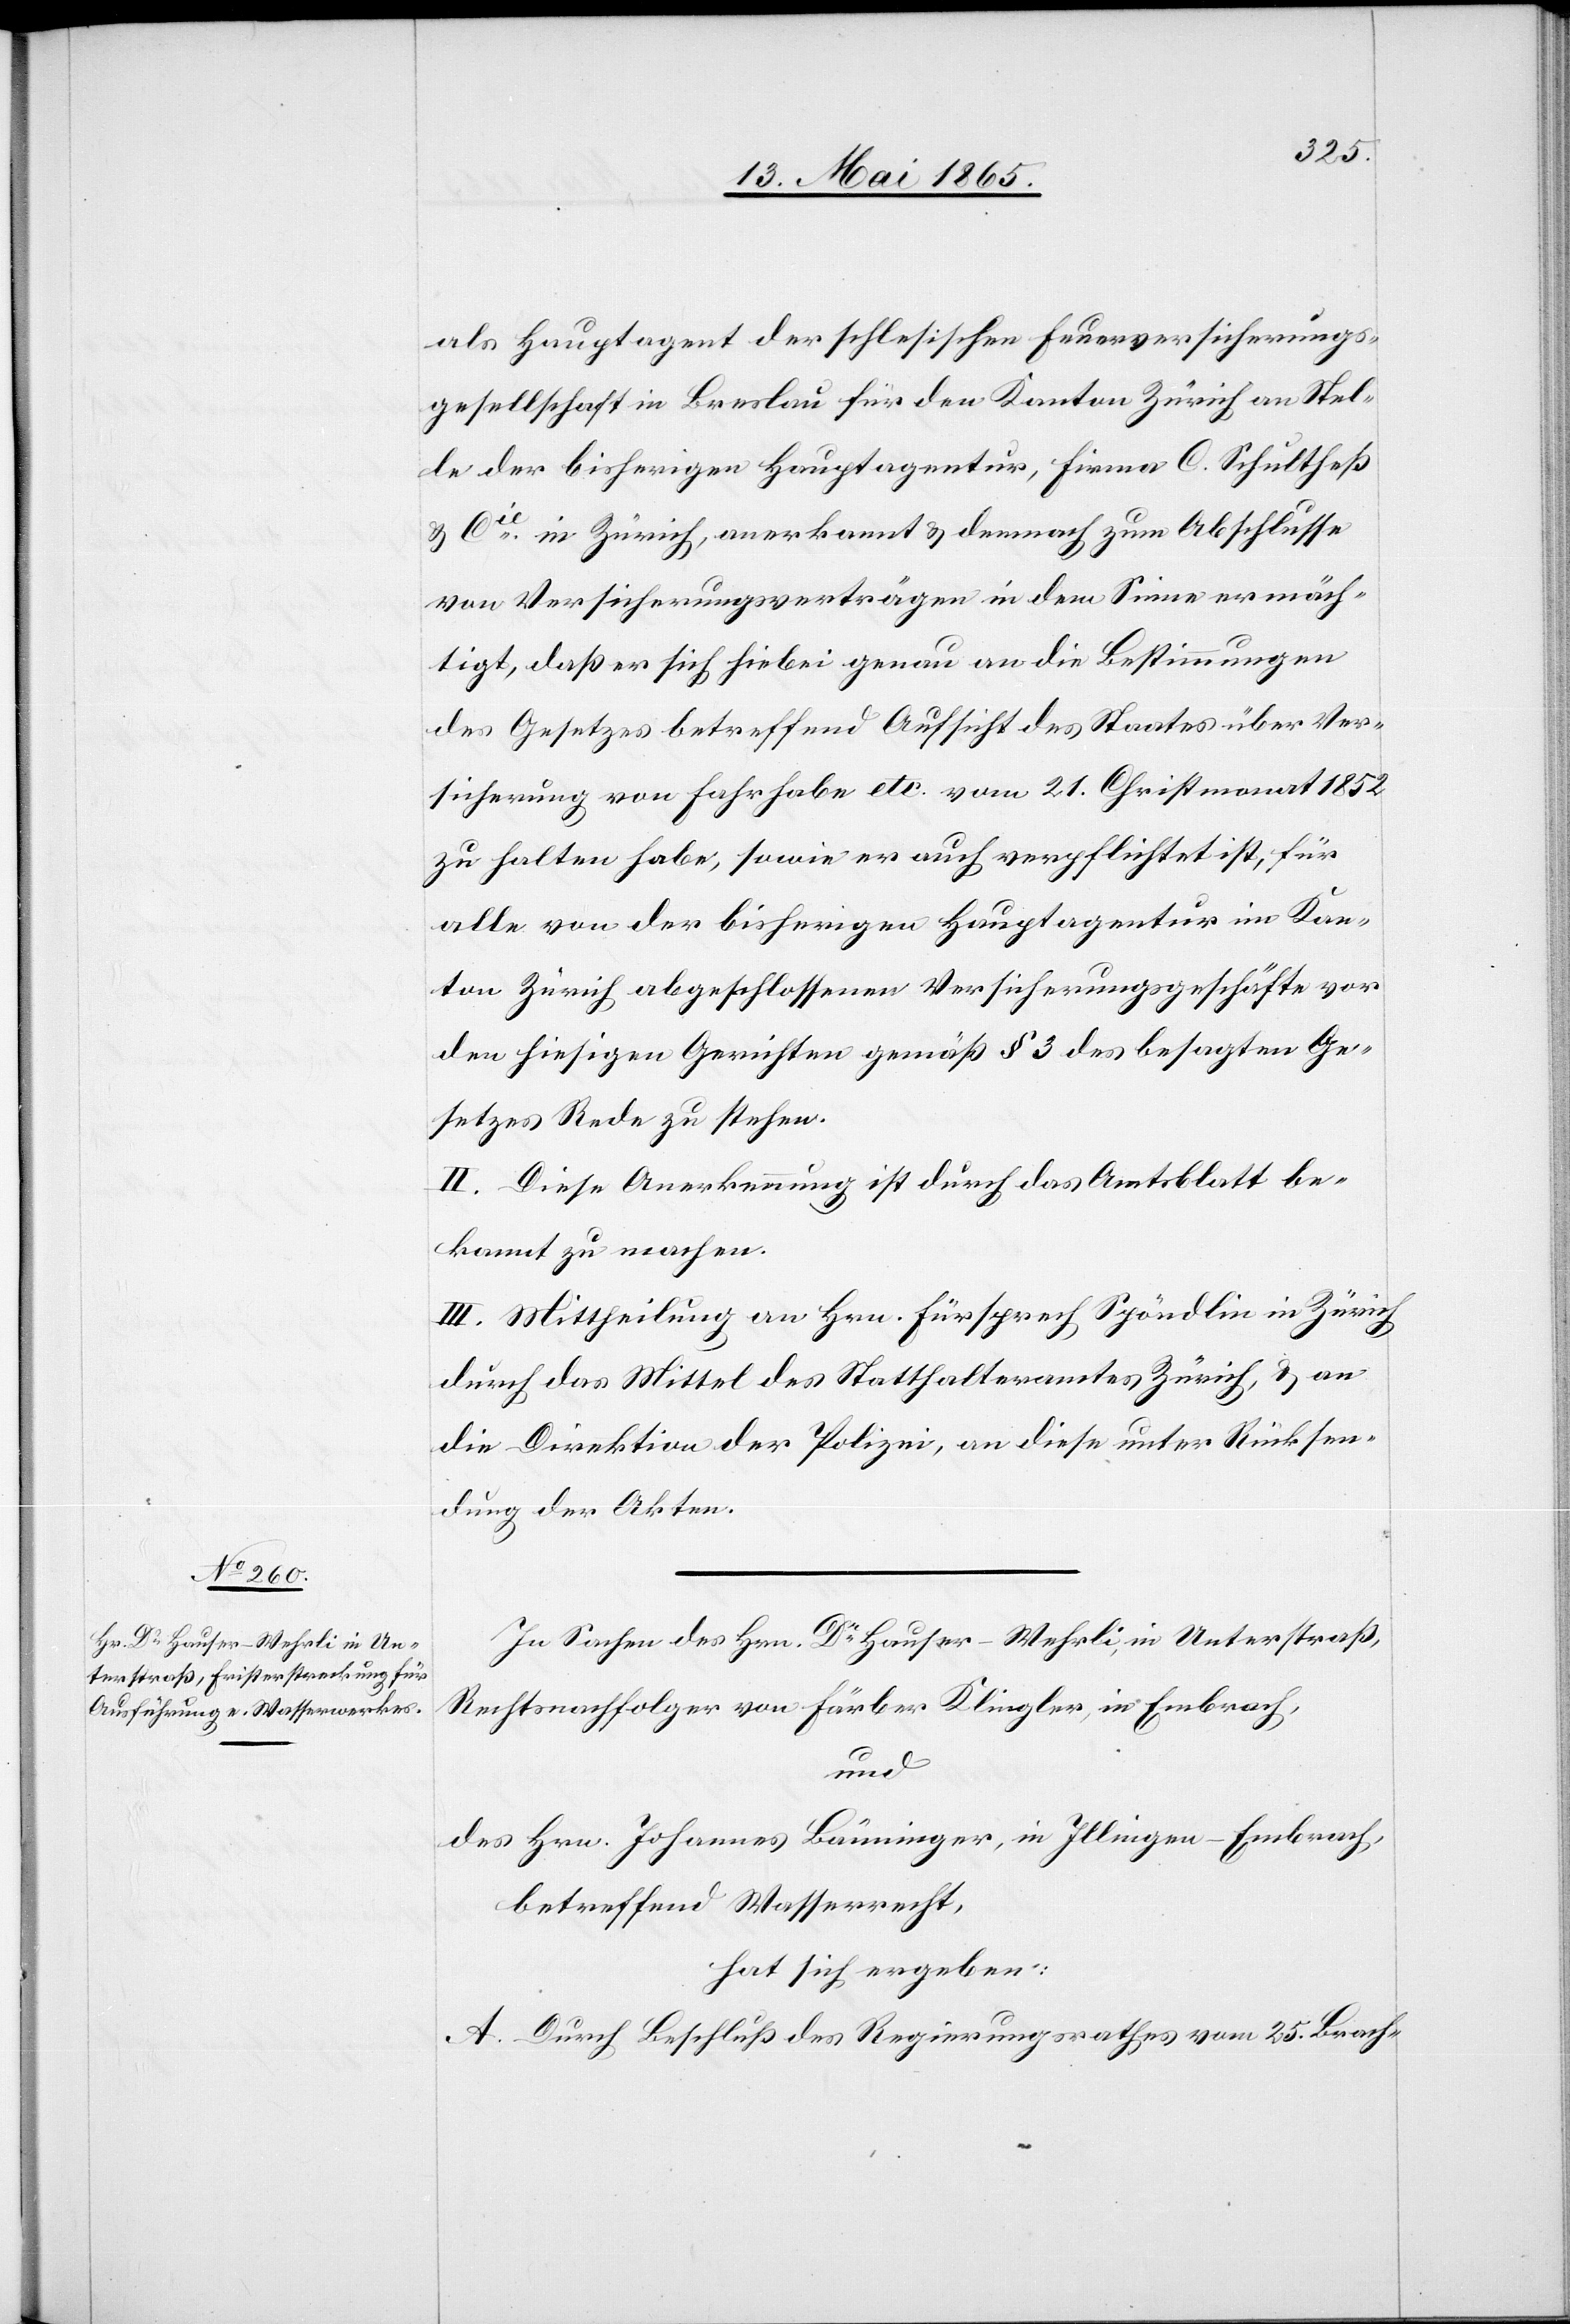
als Hauptagent der schlesischen Feuerversicherungs¬
gesellschaft in Breslau für den Kanton Zürich an Stel¬
le der bisherigen Hauptagentur, Frima C. Schultheß
& Cie in Zürich, anerkannt & demnach zum Abschlusse
von Versicherungsverträgen in dem Sinne ermäch¬
tigt, daß er sich hiebei genau an die Bestimmungen
des Gesetzes betreffend Aufsicht des Staats über Ver¬
sicherung von Fahrhabe etc. vom 21. Christmonat 1852
zu halten habe, sowie er auch verpflichtet ist, für
alle von der bisherigen Hauptagentur im Kan¬
ton Zürich abgeschlossenen Versicherungsgeschäfte vor
den hiesigen Gerichten gemäß § 3 des besagten Ge¬
setzes Rede zu stehen
II. Diese Anerkennung ist durch das Amtsblatt be¬
kannt zu machen.
III. Mittheilung an Hrn. Fürsprech Spöndlin in Zürich
durch das Mittel des Statthalteramtes Zürich, & an
die Direktion der Polizei, an diese unter Rücksen¬
dung der Akten.
In Sachen des Hrn. Dr Hauser-Wehrli, in Unterstraß,
Rechtsnachfolger von Färber Klingler, in Embrach,
und
des Hrn. Johannes Bänninger, in Illingen-Embrach,
betreffend Wasserrecht,
hat sich ergeben:
A. Durch Beschluß des Regierungsrathes vom 25. Brach-